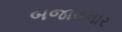
બજાવનાર